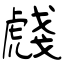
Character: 虥